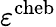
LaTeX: \varepsilon^{\mathrm{cheb}}